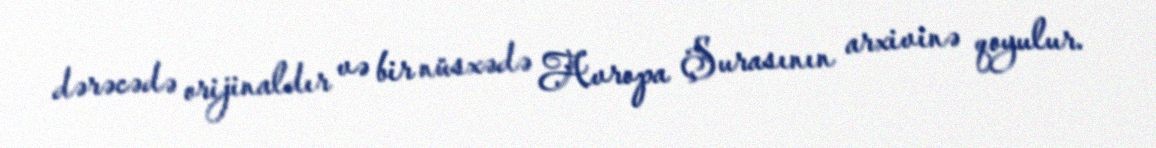
dərəcədə orijinaldır və bir nüsxədə Avropa Şurasının arxivinə qoyulur.